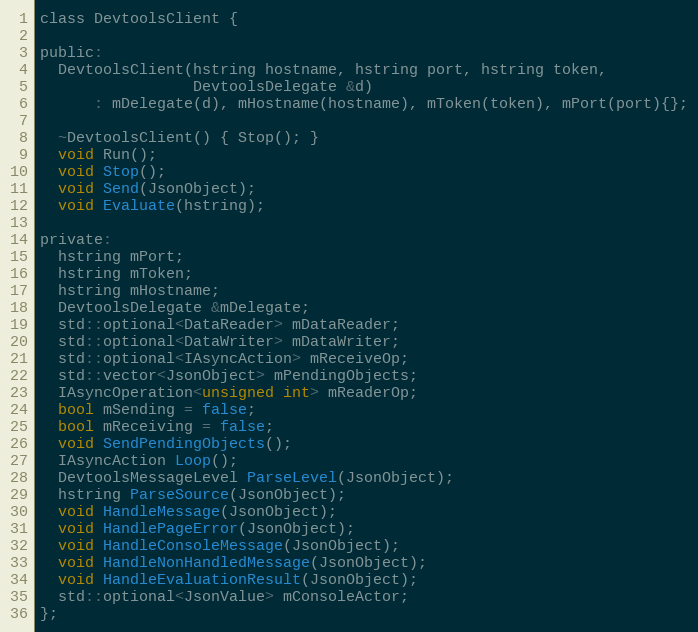
Language: C
class DevtoolsClient {

public:
  DevtoolsClient(hstring hostname, hstring port, hstring token,
                 DevtoolsDelegate &d)
      : mDelegate(d), mHostname(hostname), mToken(token), mPort(port){};

  ~DevtoolsClient() { Stop(); }
  void Run();
  void Stop();
  void Send(JsonObject);
  void Evaluate(hstring);

private:
  hstring mPort;
  hstring mToken;
  hstring mHostname;
  DevtoolsDelegate &mDelegate;
  std::optional<DataReader> mDataReader;
  std::optional<DataWriter> mDataWriter;
  std::optional<IAsyncAction> mReceiveOp;
  std::vector<JsonObject> mPendingObjects;
  IAsyncOperation<unsigned int> mReaderOp;
  bool mSending = false;
  bool mReceiving = false;
  void SendPendingObjects();
  IAsyncAction Loop();
  DevtoolsMessageLevel ParseLevel(JsonObject);
  hstring ParseSource(JsonObject);
  void HandleMessage(JsonObject);
  void HandlePageError(JsonObject);
  void HandleConsoleMessage(JsonObject);
  void HandleNonHandledMessage(JsonObject);
  void HandleEvaluationResult(JsonObject);
  std::optional<JsonValue> mConsoleActor;
};